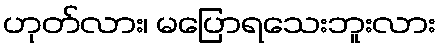
ဟုတ်လား၊ မပြောရသေးဘူးလား